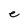
Character: e